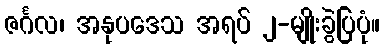
ဇင်္ဂလ၊ အနုပဒေသ အရပ် ၂-မျိုးခွဲပြပုံ။